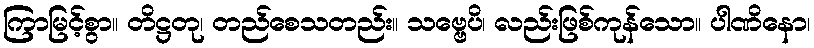
ကြာမြင့်စွာ။ တိဋ္ဌတု၊ တည်စေသတည်း။ သဗ္ဗေပိ၊ လည်းဖြစ်ကုန်သော။ ပါဏိနော၊